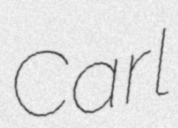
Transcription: Carl